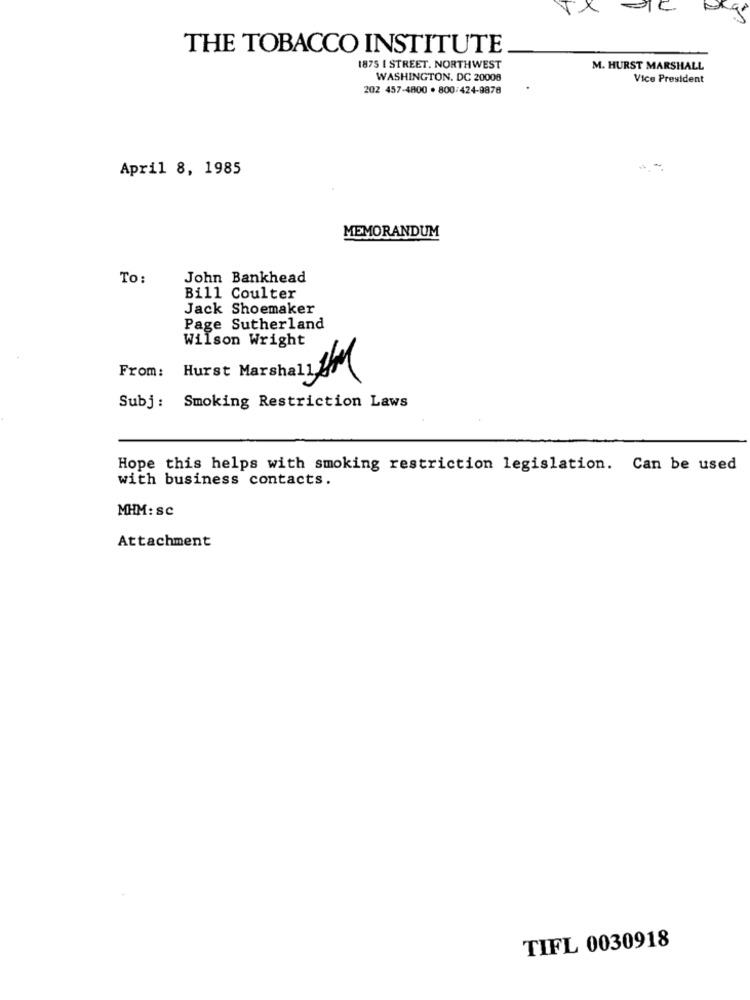
THE TOBACCO INSTITUTE
1875 [ STREET, NORTHWEST
M. HURST MARSHALL
WASHINGTON, DC 20008
Vice President
202 457-4800 . 800/424-9878
April 8, 1985
MEMORANDUM
To:
John Bankhead
Bill Coulter
Jack Shoemaker
Page Sutherland
Wilson Wright
From: Hurst Marshall&
Subj: Smoking Restriction Laws
Hope this helps with smoking restriction legislation. Can be used
with business contacts.
MHM: SC
Attachment
TIFL 0030918